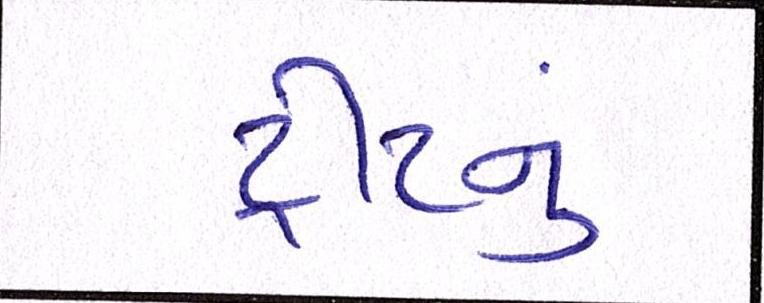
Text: ટ્રીટનું